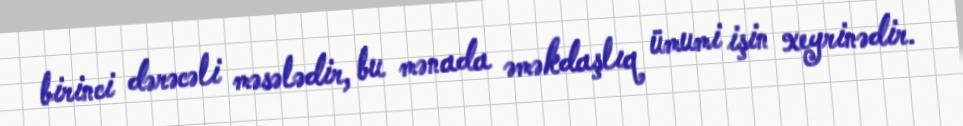
birinci dərəcəli məsələdir, bu mənada əməkdaşlıq ümumi işin xeyrinədir.